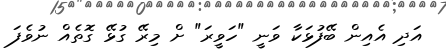
އަދި އެއިން ބޭފުޅަކާ ވަނީ "ހަވީރަ" ށް މިރޭ ގުޅޭ ގޮތެއް ނުވެފަ